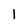
Character: 1